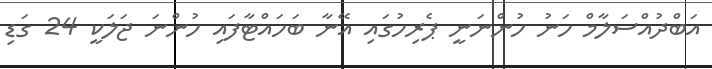
އަބްދުއްސަލާމް ހަނު ހުންނަނީ ޕެރިހުގައި އޭނާ ބަހައްޓާފައި ހުންނަ ޖަލަކީ 24 ގަޑި